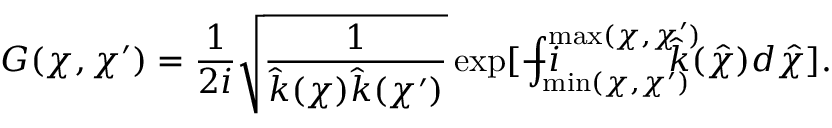
G ( \chi , \chi ^ { \prime } ) = \frac { 1 } { 2 i } \sqrt { \frac { 1 } { \hat { k } ( \chi ) \hat { k } ( \chi ^ { \prime } ) } } \exp [ - i \! \! \! \! \! \! \! \int _ { \operatorname* { m i n } ( \chi , \chi ^ { \prime } ) } ^ { \operatorname* { m a x } ( \chi , \chi ^ { \prime } ) } \! \! \! \! \! \! \! \hat { k } ( \hat { \chi } ) d \hat { \chi } ] .